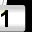
Digit: 1